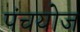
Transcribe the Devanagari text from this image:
पंचयोज